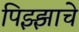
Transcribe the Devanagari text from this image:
पिझ्झाचे